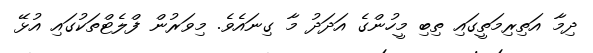
ދިމާ އަތިރިމަތީގައި ތިބި މީހުންގެ އަދަދު މާ ގިނައެވެ. މިވަރުން ފްލެޓްތަކުގައި އުޅޭ